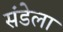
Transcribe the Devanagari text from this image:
संडेला